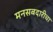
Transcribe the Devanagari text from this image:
मनसबदारीचा